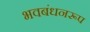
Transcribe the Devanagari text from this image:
भवबंधनरूप